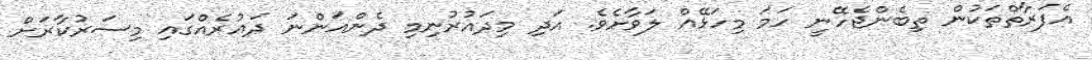
އެފަރާތްތަކުން ތިބެންޖެހޭނީ ހަމަ މިހަޅޭއް ލަވާށެވެ. އަދި މިދައުރުނިމި ދެންއަންނަ ދައުރެއްގައި މިސަރުކާރަށް